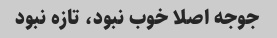
جوجه اصلا خوب نبود، تازه نبود